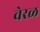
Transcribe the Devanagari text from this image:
वेरळ